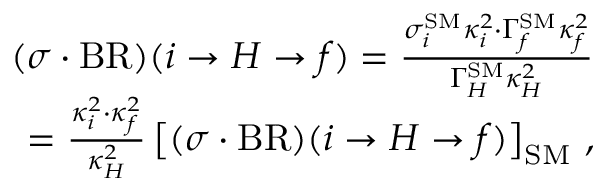
\begin{array} { r l r } & { } & { ( \sigma \cdot \mathrm { B R } ) ( i \to { H } \to f ) = \frac { \sigma _ { i } ^ { \mathrm { S M } } \kappa _ { i } ^ { 2 } \cdot \Gamma _ { f } ^ { \mathrm { S M } } \kappa _ { f } ^ { 2 } } { \Gamma _ { H } ^ { \mathrm { S M } } \kappa _ { H } ^ { 2 } } } \\ & { } & { = \frac { \kappa _ { i } ^ { 2 } \cdot \kappa _ { f } ^ { 2 } } { \kappa _ { H } ^ { 2 } } \left[ ( \sigma \cdot \mathrm { B R } ) ( i \to { H } \to f ) \right] _ { \mathrm { S M } } \, , } \end{array}